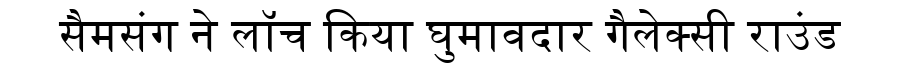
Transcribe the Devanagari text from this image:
सैमसंग ने लॉच किया घुमावदार गैलेक्सी राउंड